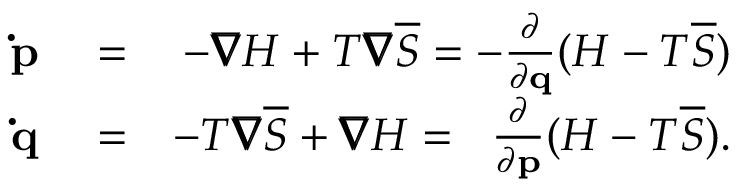
\begin{array} { r l r } { \mathbf { \dot { p } } } & { { } = } & { - \pmb { \nabla } H + T \pmb { \nabla } \overline { { S } } = - \frac { \partial } { \partial \mathbf { q } } ( H - T \overline { { S } } ) } \\ { \mathbf { \dot { q } } } & { { } = } & { - T \pmb { \nabla } \overline { { S } } + \pmb { \nabla } H = \; \; \frac { \partial } { \partial \mathbf { p } } ( H - T \overline { { S } } ) . } \end{array}